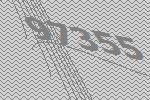
97355